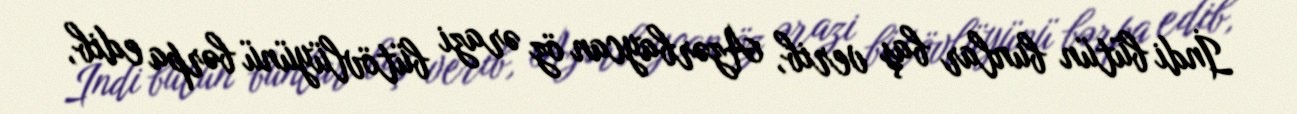
İndi bütün bunlar baş verib, Azərbaycan öz ərazi bütövlüyünü bərpa edib,